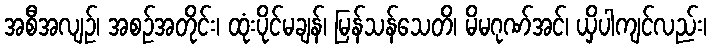
အစီအလျဉ်၊ အစဉ်အတိုင်း၊ ထုံးပိုင်မချန်၊ မြန်သန်သေတိ၊ မိမဂုဏ်အင်၊ ယှိပါကျင်လည်း၊